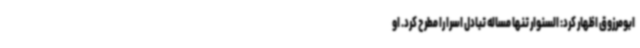
ابومرزوق اظهار کرد: السنوار تنها مساله تبادل اسرا را مطرح کرد. او